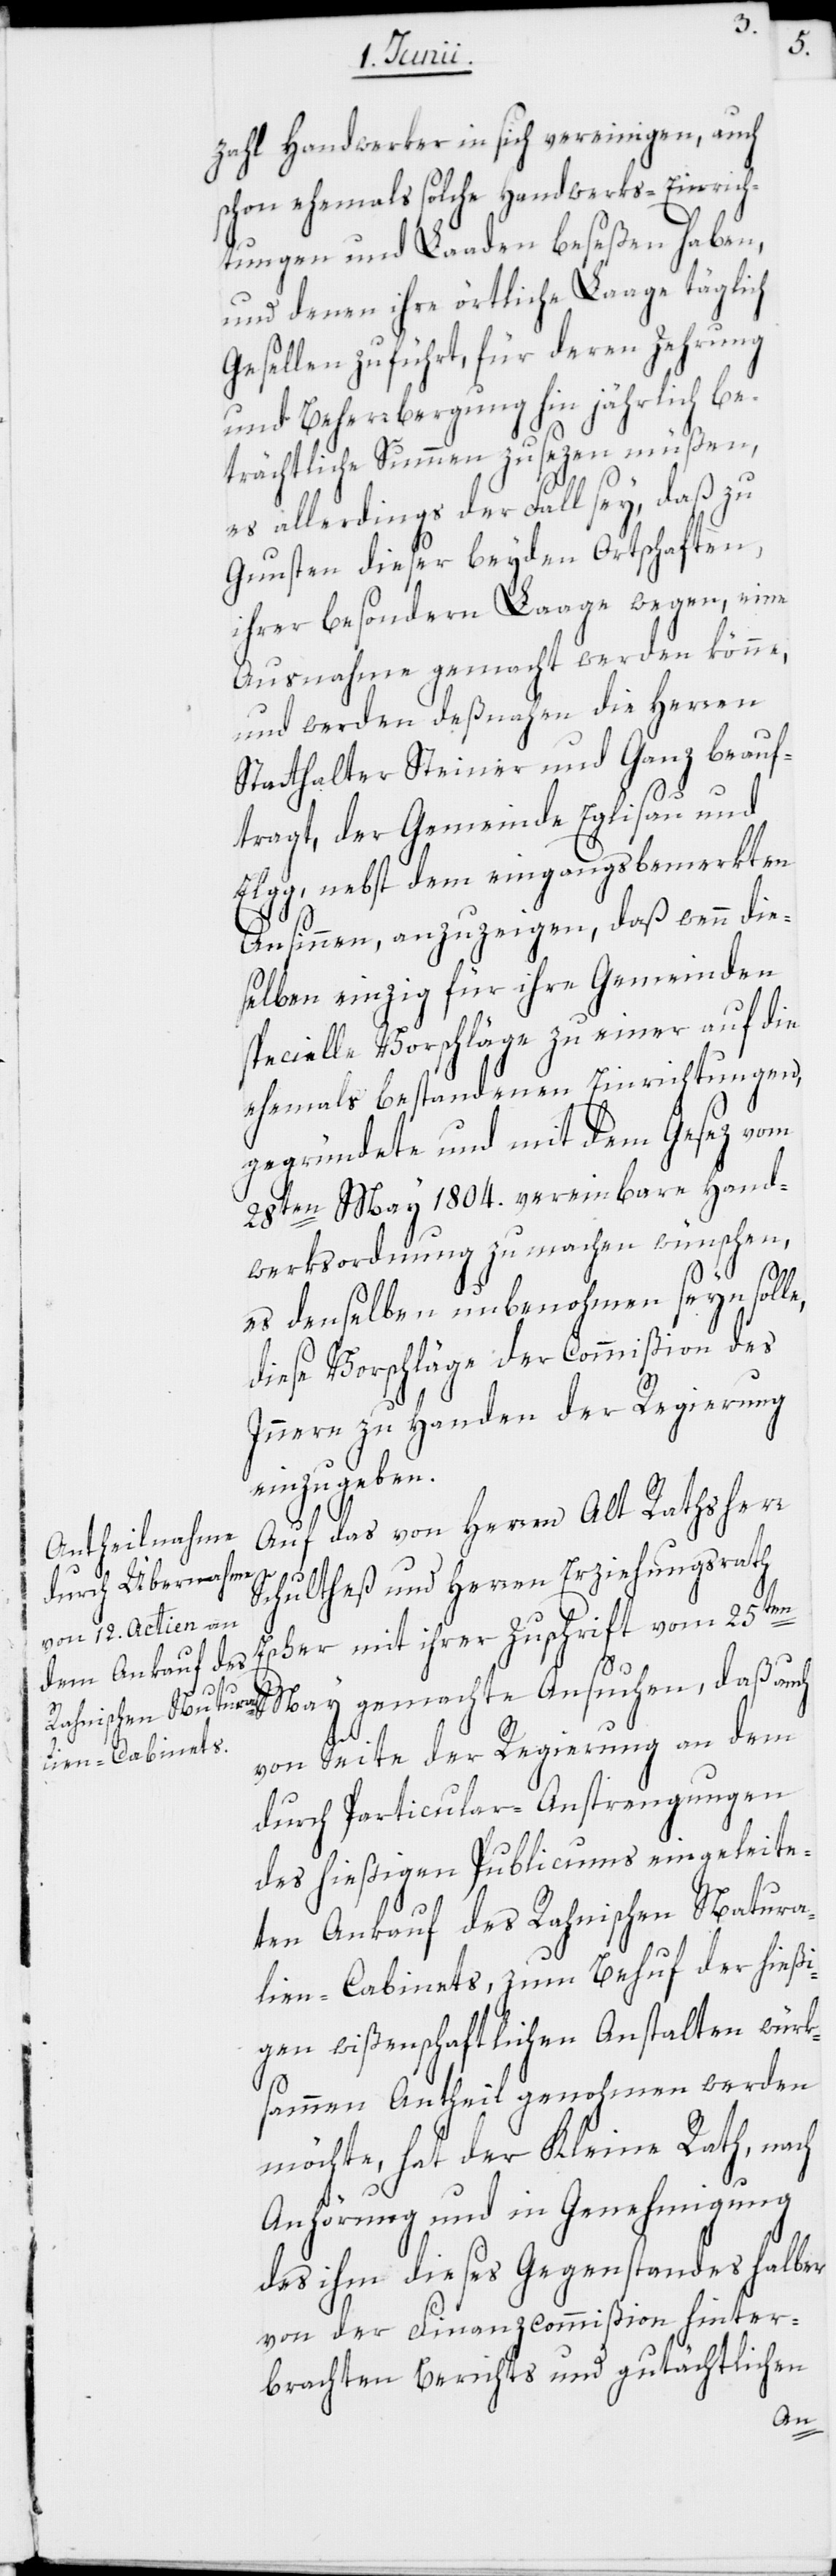
zahl Handwerker in sich vereinigen, auch
schon ehemals solche Handwerks-Einrich¬
tungen und Laaden beseßen haben,
und denen ihre örtliche Laage täglich
Gesellen zuführt, für deren Zehrung
und Beherrbergung hin jährlich be¬
trächtliche Summen zusezen müßen,
es allerdings der Fall sey, daß zu
Gunsten dieser beyden Ortschaften,
ihrer besondern Laage wegen, eine
Ausnahme gemacht werden könne,
und werden deßnahen die Herren
Statthalter Steiner und Ganz beauf¬
tragt, der Gemeinde Eglisau und
Elgg, nebst dem eingangsbemerkten
Ansinnen, anzuzeigen, daß wenn die¬
selben einzig für ihre Gemeinden
specielle Vorschläge zu einer auf die
ehemals bestandenen Einrichtungen,
gegründete und mit dem Gesez vom
28ten May 1804. vereinbare Hand¬
werksordnung zu machen wünschen,
es denselben unbenohmen seyn solle,
diese Vorschläge der Commißion des
Innern zu Handen der Regierung
einzugeben.
Auf das von Herrn Alt Rathsherr
Schultheß und Herren Erziehungsrath
Escher mit ihrer Zuschrift vom 25ten
May gemachte Ansuchen, daß auch
von Seite der Regierung an dem
durch Particular-Anstrengungen
des hießigen Publicums eingeleite¬
ten Ankauf des Rahnischen Natura¬
lien-Cabinets, zum Behuf der hießi¬
gen wißenschaftlichen Anstalten würk¬
sammen Antheil genohmen werden
möchte, hat der Kleine Rath, nach
Anhörung und in Genehmigung
des ihm dieses Gegenstandes halber
von der Finanzcommißion hinter¬
brachten Berichts und gutächtlichen